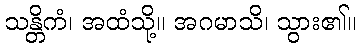
သန္တိကံ၊ အထံသို့။ အဂမာသိ၊ သွား၏။